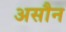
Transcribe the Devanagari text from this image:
असौन